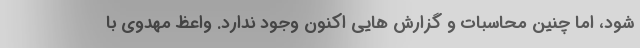
شود، اما چنین محاسبات و گزارش هایی اکنون وجود ندارد. واعظ مهدوی با